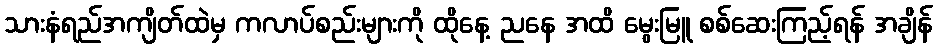
သားနံရည်အကျိတ်ထဲမှ ကလာပ်စည်းများကို ထိုနေ့ ညနေ အထိ မွေးမြူ စစ်ဆေးကြည့်ရန် အချိန်